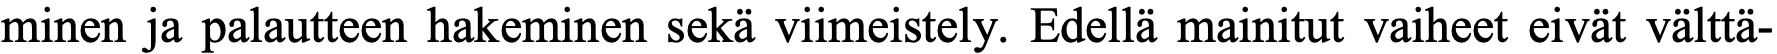
minen ja palautteen hakeminen sekä viimeistely. Edellä mainitut vaiheet eivät välttä-